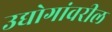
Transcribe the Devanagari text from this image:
उद्योगांवरील